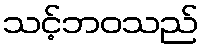
သင့်ဘဝသည်